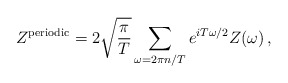
\begin{align*}Z^{{\rm periodic}} = 2\sqrt{\frac{\pi}{T}} \sum_{\omega = 2\pi n/T}e^{iT\omega/2} Z(\omega) \,,\end{align*}